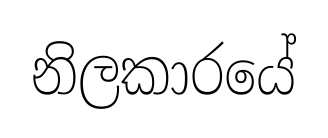
නිලකාරයේ